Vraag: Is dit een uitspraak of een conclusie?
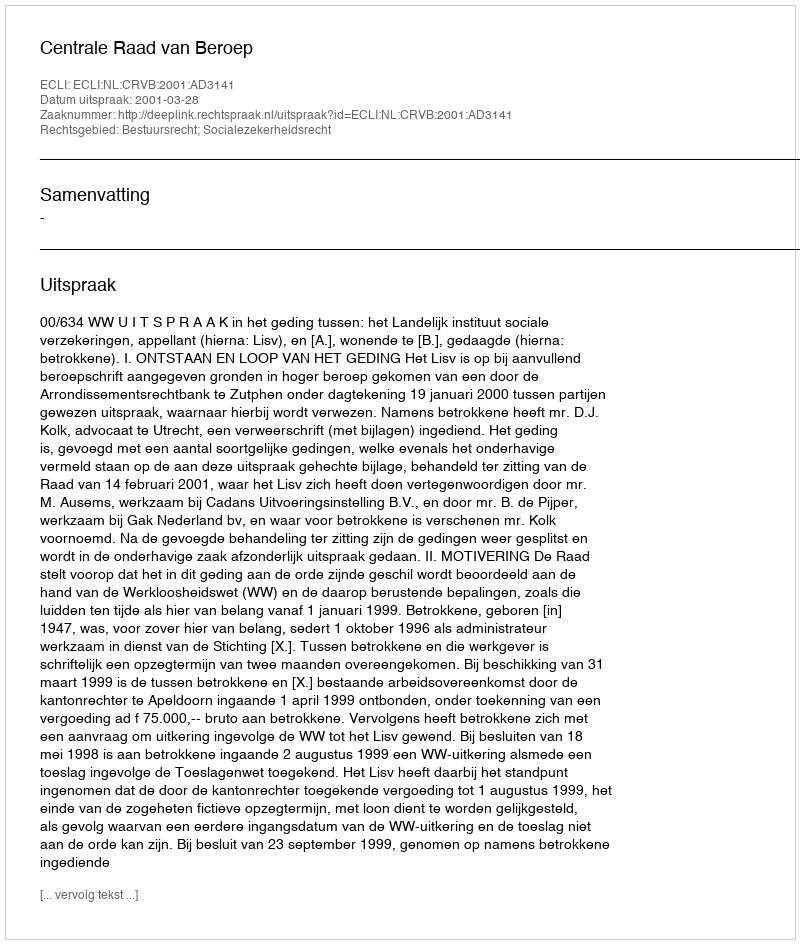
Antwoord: Uitspraak